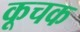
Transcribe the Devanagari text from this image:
कूचक